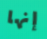
إنها